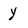
Character: y